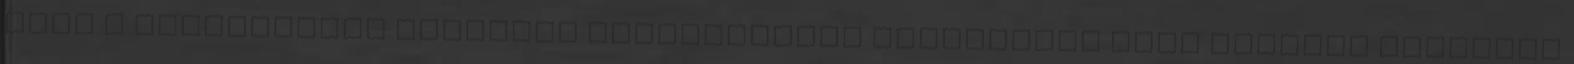
csak a szerkesztők előzetes engedélyével lehetséges SZÉP kártyát elfogadó